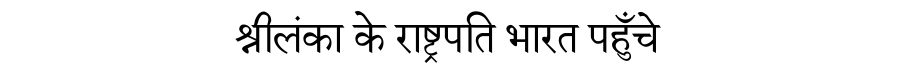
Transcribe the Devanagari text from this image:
श्रीलंका के राष्ट्रपति भारत पहुँचे